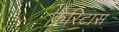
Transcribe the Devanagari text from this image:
कैरिटास